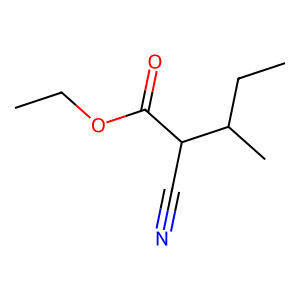
SMILES: CCOC(=O)C(C#N)C(C)CC
Inhibits HIV replication: No